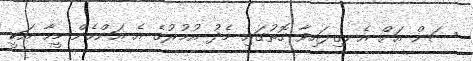
ސަން އަށް އެނގިފައިވާ ގޮތުގައި މެދު އުމުރުގެ އެ އަންހެން މީހާ އަކީ